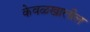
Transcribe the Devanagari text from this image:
केवळखालील